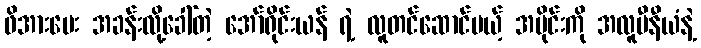
ဖိအားပေး အခန်းလို့ခေါ်တဲ့ အော်ရိုင်းယန် ရဲ့ လူတင်ဆောင်မယ့် အပိုင်းကို အလူမီနီယံနဲ့